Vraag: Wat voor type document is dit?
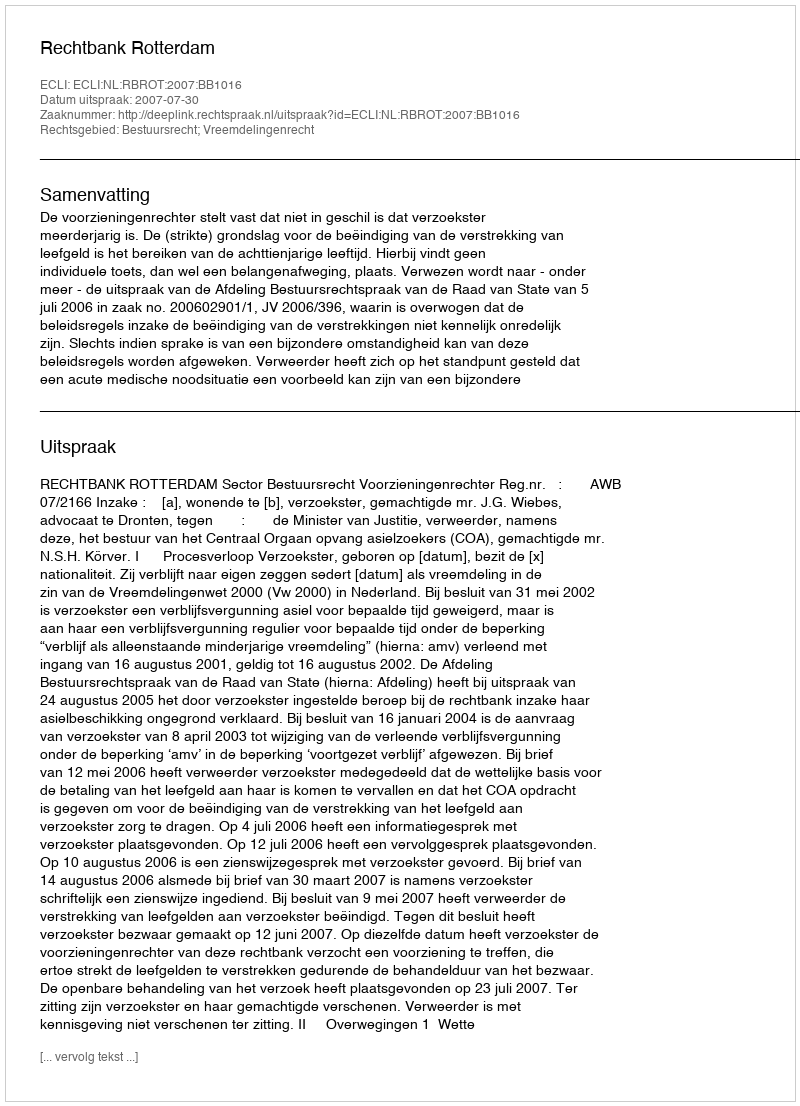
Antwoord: Uitspraak